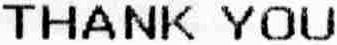
THANK YOU